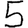
Digit: 5